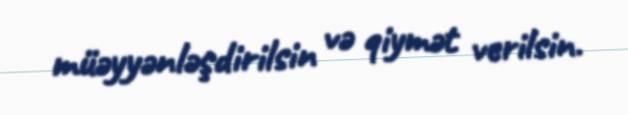
müəyyənləşdirilsin və qiymət verilsin.